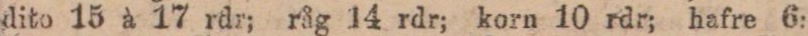
dito 15 à 17 rdr; råg 14 rdr; korn 10 rdr; hafre 6: